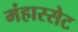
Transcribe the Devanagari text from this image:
मंहास्सेट